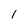
Character: I